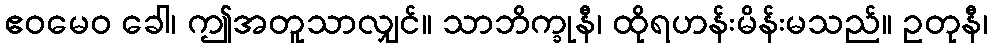
ဧဝမေဝ ခေါ၊ ဤအတူသာလျှင်။ သာဘိက္ခုနီ၊ ထိုရဟန်းမိန်းမသည်။ ဥတုနီ၊